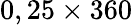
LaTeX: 0,25\times 360